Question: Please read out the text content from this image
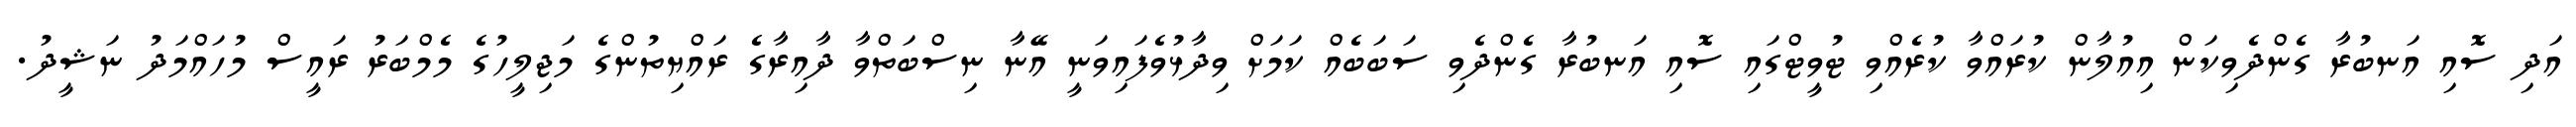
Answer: އަދި ސޮއި އަނބުރާ ގެންދެވިކަން އިއުލާން ކުރައްވާ ކުރެއްވި ޓުވީޓްގައި ސޮއި އަނބުރާ ގެންދެވި ސަބަބެއް ކަމަށް ވިދާޅުވެފައިވަނީ އޭނާ ނިސްބަތްވާ ދާއިރާގެ ރައްޔިތުންގެ މަޖިލީހުގެ މެމްބަރު ރައީސް މުހައްމަދު ނަޝީދު.